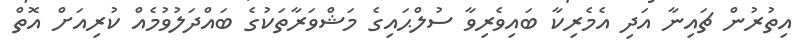
އިތުރުން ޗައިނާ އަދި އެމެރިކާ ބައިވެރިވާ ސުލްޙައިގެ މަޝްވަރާތަކުގެ ބައްދަލުވުމެއް ކުރިއަށް އޮތް